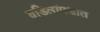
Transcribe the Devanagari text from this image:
वडिलांपश्चात